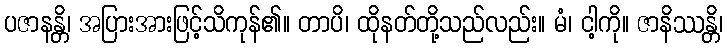
ပဇာနန္တိ၊ အပြားအားဖြင့်သိကုန်၏။ တာပိ၊ ထိုနတ်တို့သည်လည်း။ မံ၊ ငါ့ကို။ ဇာနိဿန္တိ၊